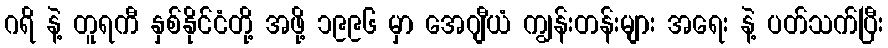
ဂရိ နဲ့ တူရကီ နှစ်နိုင်ငံတို့ အဖို့ ၁၉၉၆ မှာ အေဂျီယံ ကျွန်းတန်းများ အရေး နဲ့ ပတ်သက်ပြီး